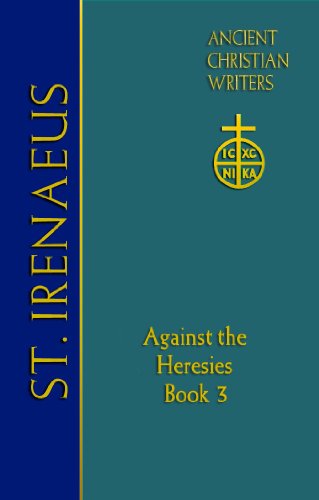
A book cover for St. Irenaeus of Lyons: Against the Heresies (Book 3) (Ancient Christian Writers); Matthew C. Steenberg; Christian Books & Bibles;